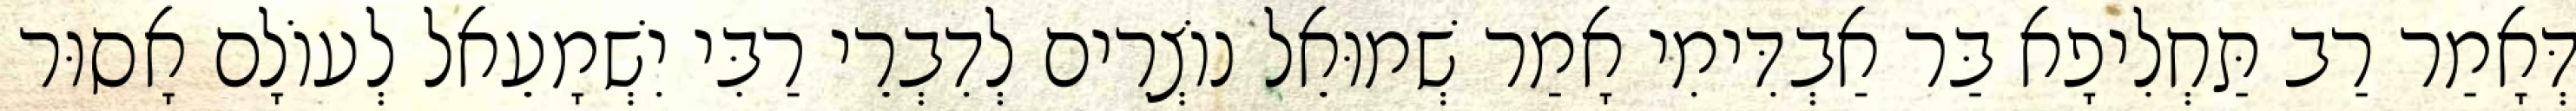
דְּאָמַר רַב תַּחְלִיפָא בַּר אַבְדִּימִי אָמַר שְׁמוּאֵל נוֹצְרִים לְדִבְרֵי רַבִּי יִשְׁמָעֵאל לְעוֹלָם אָסוּר